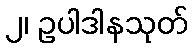
၂၊ ဥပါဒါနသုတ်